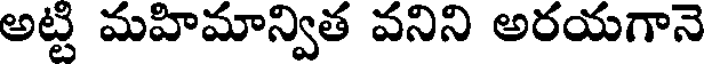
అట్టి మహిమాన్విత వనిని అరయగానె